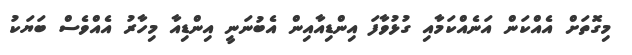
މިގޮތަށް އެއްކަން އަނެއްކަމާއި ގުޅުވާފަ އިންޑިއާއިން އެބުނަނީ އިންޑިއާ މިހާރު އެއްވެސް ބަޔަކު